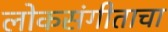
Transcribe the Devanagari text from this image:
लोकसंगीताचा